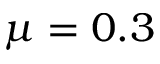
\mu = 0 . 3